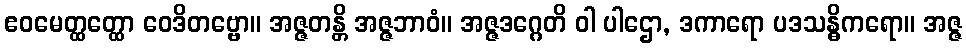
ဧဝမေတ္ထတ္ထော ဝေဒိတဗ္ဗော။ အဇ္ဇတန္တိ အဇ္ဇဘာဝံ။ အဇ္ဇဒဂ္ဂေတိ ဝါ ပါဌော, ဒကာရော ပဒသန္ဓိကရော။ အဇ္ဇ